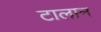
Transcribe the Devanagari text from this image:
टालान